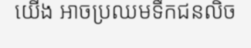
យើង អាចប្រឈមទឹកជនលិច